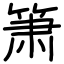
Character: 箫